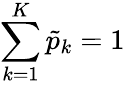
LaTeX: \sum_{k=1}^{K}\tilde{p}_{k}=1